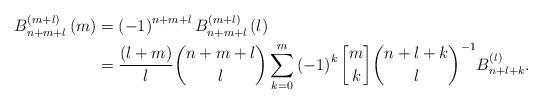
LaTeX: \begin{align*}B_{n+m+l}^{\left( m+l\right) }\left( m\right) & =\left( -1\right)^{n+m+l}B_{n+m+l}^{\left( m+l\right) }\left( l\right) \\& =\frac{\left( l+m\right) }{l}\binom{n+m+l}{l}\sum_{k=0}^{m}\left(-1\right) ^{k}\genfrac{[}{]}{0pt}{}{m}{k}\binom{n+l+k}{l}^{-1}B_{n+l+k}^{\left( l\right) }. \end{align*}